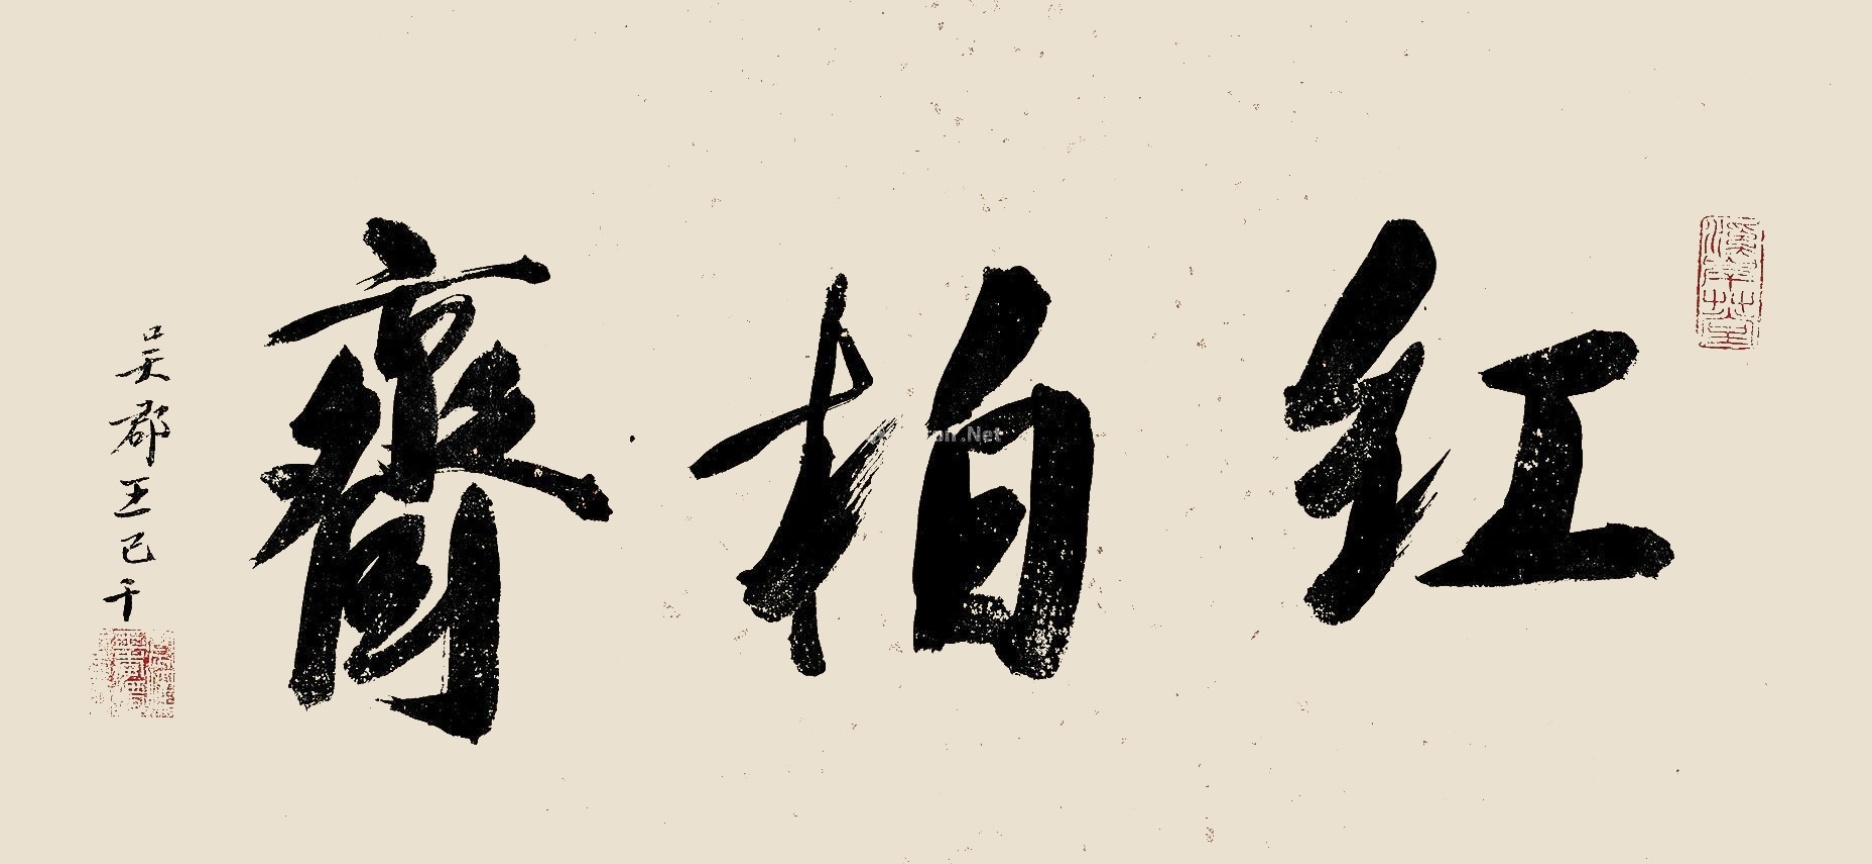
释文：红柏斋。吴郡王己千。